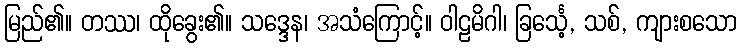
မြည်၏။ တဿ၊ ထိုခွေး၏။ သဒ္ဒေန၊ အသံကြောင့်။ ဝါဠမိဂါ၊ ခြင်္သေ့, သစ်, ကျားစသော